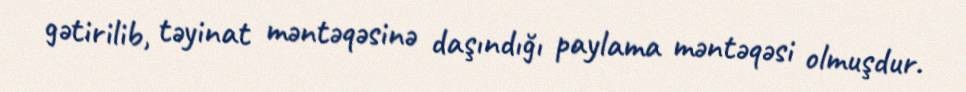
gətirilib, təyinat məntəqəsinə daşındığı paylama məntəqəsi olmuşdur.